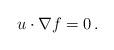
LaTeX: \begin{align*}u\cdot \nabla f=0\,.\end{align*}